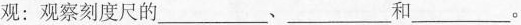
观：观察刻度尺的___、___和___。